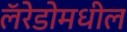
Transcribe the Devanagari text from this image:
लॅरेडोमधील